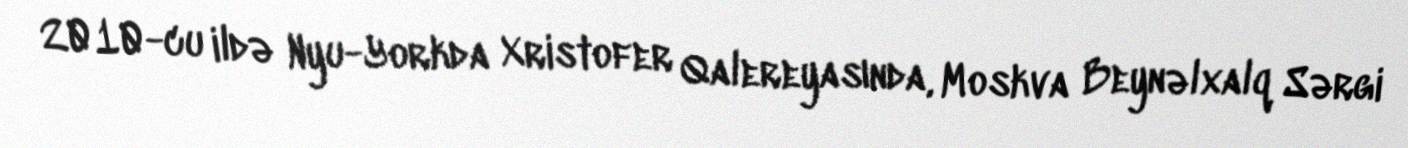
2010-cu ildə Nyu-Yorkda Xristofer Qalereyasında, Moskva Beynəlxalq Sərgi